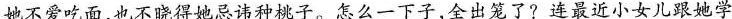
她不爱吃面，也不晓得她忌讳种桃子。怎么一下子，全出笼了?连最近小女儿跟她学